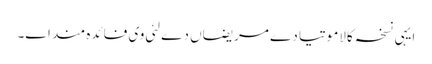
ایہی نسخہ کالاموتیا دے مریضاں دے لئی وی فائدہ مند ا‏‏ے۔